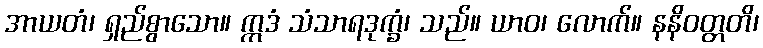
အာယတံ၊ ရှည်စွာသော။ ဣဒံ သံသာရဒုက္ခံ၊ သည်။ ယာဝ၊ လောက်။ နနိဝတ္တတိ၊